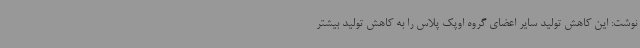
نوشت: این کاهش تولید سایر اعضای گروه اوپک پلاس را به کاهش تولید بیشتر